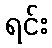
ရင်း